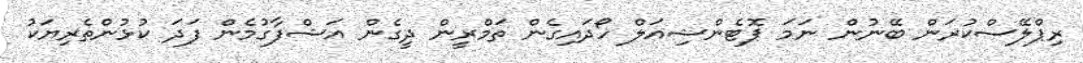
ރިޕްލޭސްކުރަން ބޭނުން ނަމަ ޕޮޓެންޝިއަލް ހޯދައިގެން ތަމްރީން ދީގެން އަޝްފާގުމެން ފަދަ ކުޅުންތެރިޔަކު